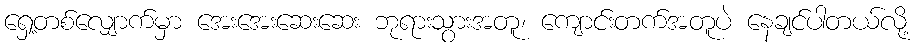
ရှေ့တစ်လျှောက်မှာ အေးအေးဆေးဆေး ဘုရားသွားအတူ၊ ကျောင်းတက်အတူပဲ နေချင်ပါတယ်လို့